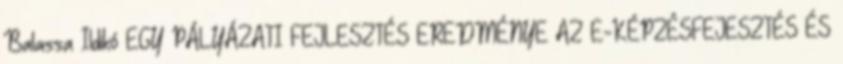
Balassa Ildikó EGY PÁLYÁZATI FEJLESZTÉS EREDMÉNYE AZ E-KÉPZÉSFEJESZTÉS ÉS